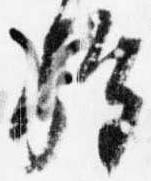
施